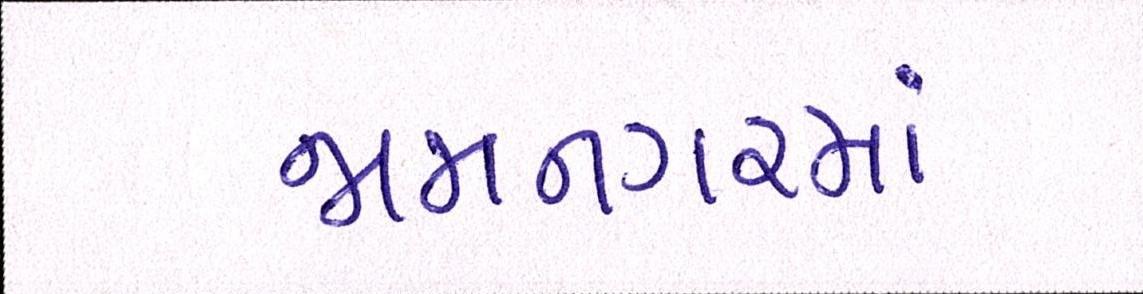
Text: જામનગરમાં